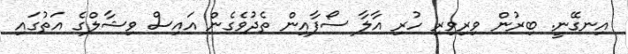
އިނގޭނީ. ބިރުން ވިރިވިރި ހުރި އާލާ ސޯފާއިން ތެދުވެގެން އައިސް ވިޝާލްގެ އަތުގައި